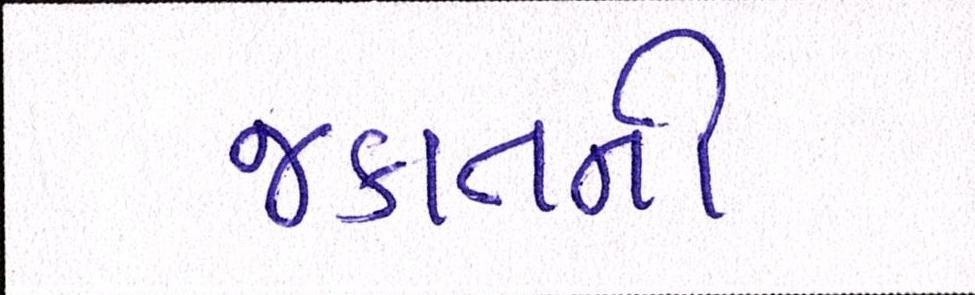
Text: જકાતની